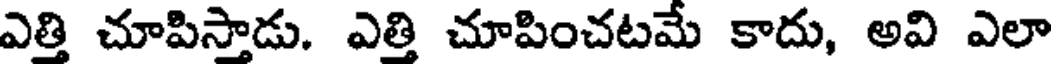
ఎత్తి చూపిస్తాడు. ఎత్తి చూపించటమే కాదు, అవి ఎలా